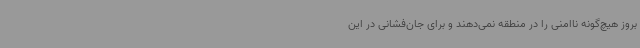
بروز هیچ‌گونه ناامنی را در منطقه نمی‌دهند و برای جان‌فشانی در این